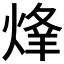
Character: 𱫦